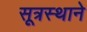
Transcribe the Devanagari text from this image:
सूत्रस्थाने